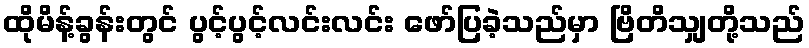
ထိုမိန့်ခွန်းတွင် ပွင့်ပွင့်လင်းလင်း ဖော်ပြခဲ့သည်မှာ ဗြိတိသျှတို့သည်